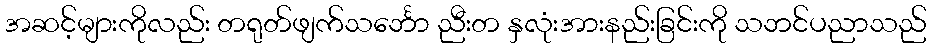
အဆင့်များကိုလည်း တရုတ်ဖျက်သင်္ဘော ညီးတ နှလုံးအားနည်းခြင်းကို သဘင်ပညာသည်